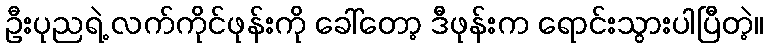
ဦးပုညရဲ့ လက်ကိုင်ဖုန်းကို ခေါ်တော့ ဒီဖုန်းက ရောင်းသွားပါပြီတဲ့။